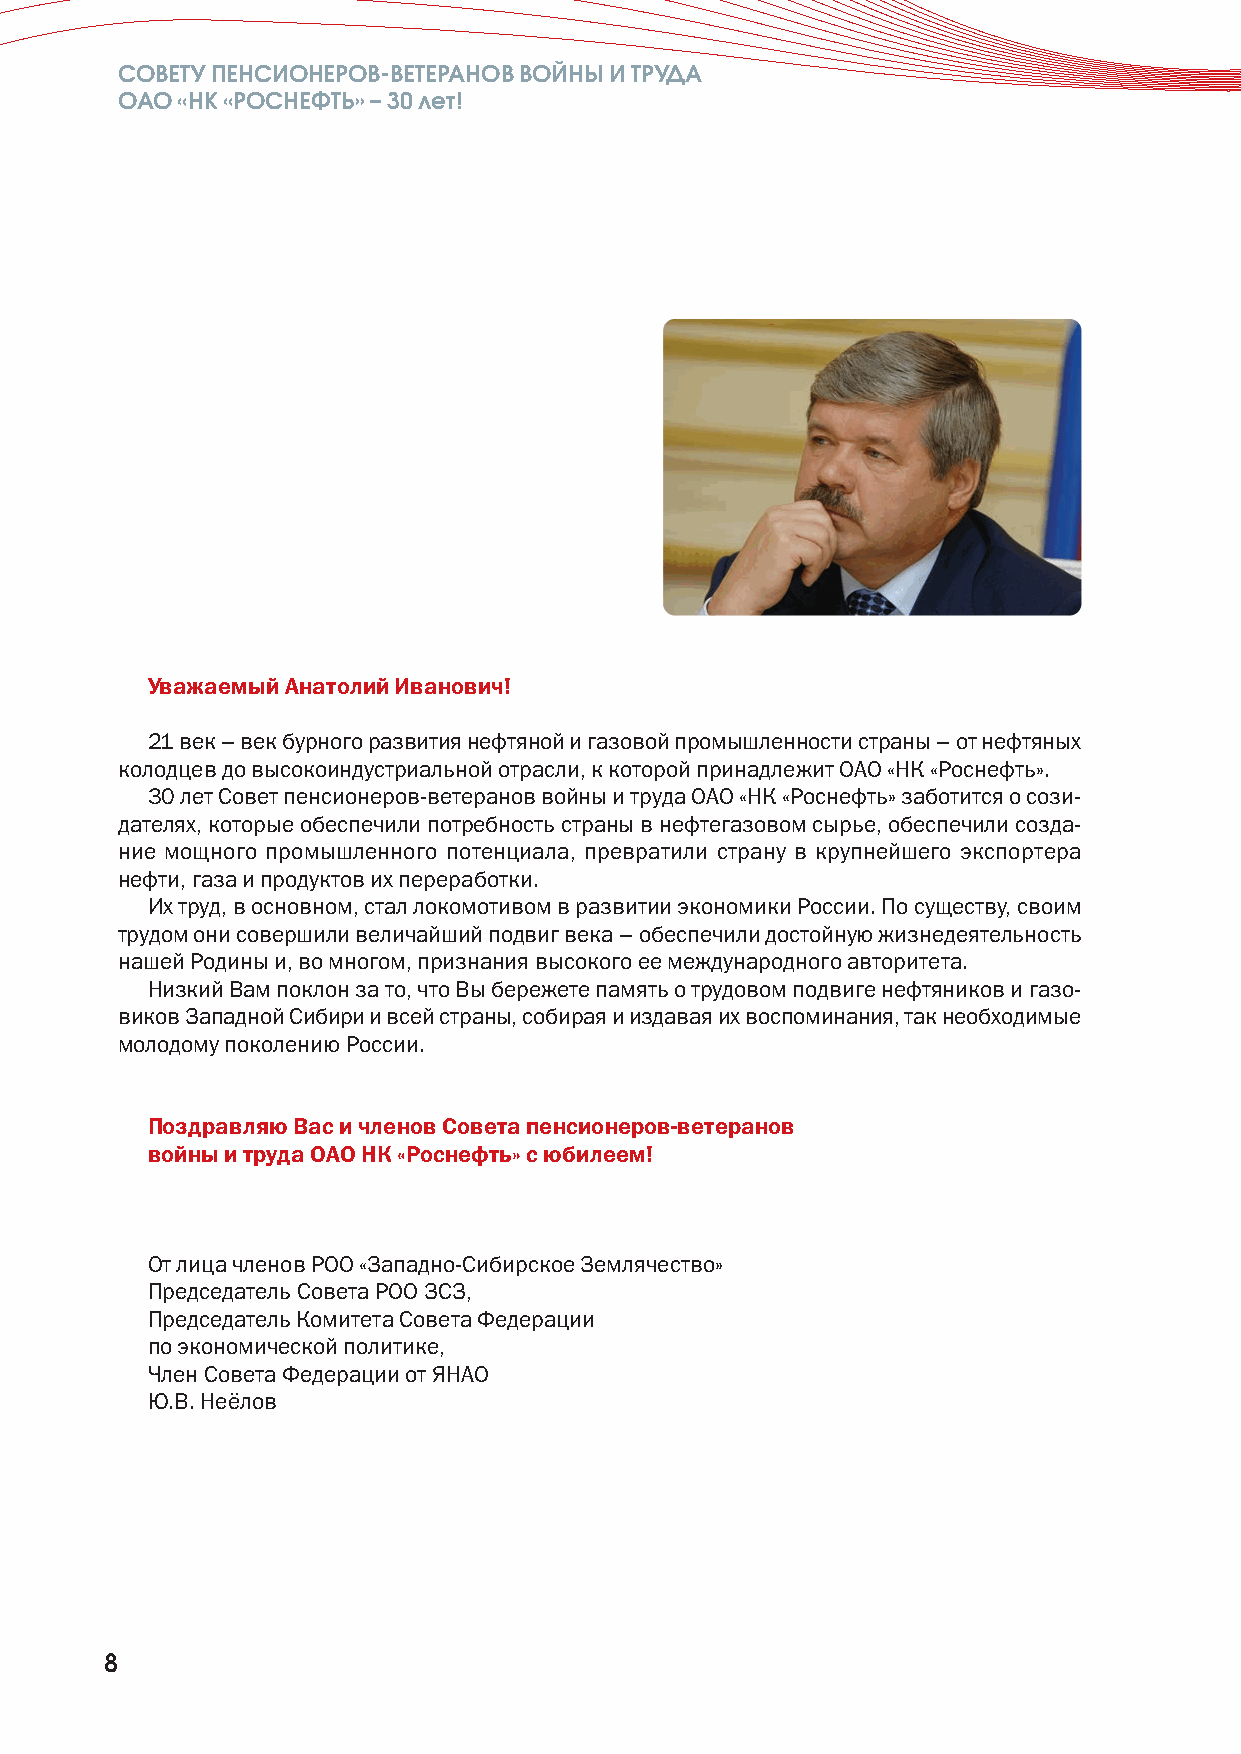
СОВЕТУ ПЕНСИОНЕРОВ-ВЕТЕРАНОВ ВОЙНЫ И ТРУДА
 ОАО «НК «РОСНЕФТЬ» –30 лет!
 Уважаемый Анатолий Иванович!
 21 век – век бурного развития нефтяной и газовой промышленности страны –от нефтяных
 колодцев до высокоиндустриальной отрасли, к которой принадлежит ОАО «НК «Роснефть».
 30 лет Совет пенсионеров-ветеранов войны и труда ОАО «НК «Роснефть» заботится о сози-
 дателях, которые обеспечили потребность страны в нефтегазовом сырье, обеспечили созда-
 ние мощного промышленного потенциала, превратили страну в крупнейшего экспортера
 нефти, газа и продуктов их переработки.
 Их труд, в основном, стал локомотивом в развитии экономики России. По существу, своим
 трудом они совершили величайший подвиг века –обеспечили достойную жизнедеятельность
 нашей Родины и, во многом, признания высокого ее международного авторитета.
 Низкий Вам поклон за то, что Вы бережете память о трудовом подвиге нефтяников и газо-
 виков Западной Сибири и всей страны, собирая и издавая их воспоминания, так необходимые
 молодому поколению России.
 Поздравляю Вас и членов Совета пенсионеров-ветеранов
 войны и труда ОАО НК «Роснефть» с юбилеем!
 От лица членов РОО «Западно-Сибирское Землячество»
 Председатель Совета РОО ЗСЗ,
 Председатель Комитета Совета Федерации
 по экономической политике,
 Член Совета Федерации от ЯНАО
 Ю.В. Неёлов
 8